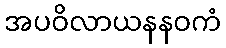
အပဝိလာယနနဝကံ